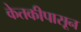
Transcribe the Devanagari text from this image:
केतकीपासून